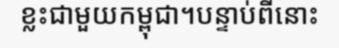
ខ្លះជាមួយកម្ពុជា។បន្ទាប់ពីនោះ